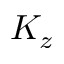
K _ { z }